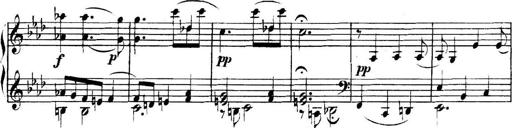
Title: Collected Piano Sonatas
Composer: Muzio Clementi